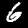
Digit: 6